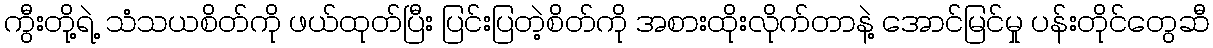
ကွီးတို့ရဲ့ သံသယစိတ်ကို ဖယ်ထုတ်ပြီး ပြင်းပြတဲ့စိတ်ကို အစားထိုးလိုက်တာနဲ့ အောင်မြင်မှု ပန်းတိုင်တွေဆီ